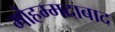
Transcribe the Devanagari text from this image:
मोहम्‍मदाबाद